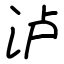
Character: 泸